Report of the Bombay Veterinary College
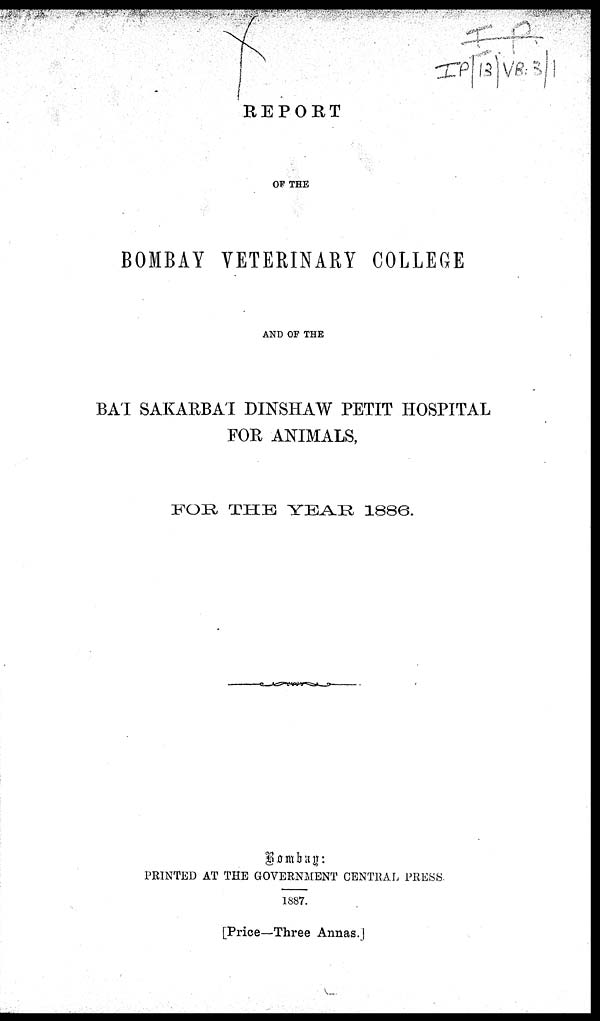
REPORT
OF THE
BOMBAY VETERINARY COLLEGE
AND OF THE
BA'I SAKARBA'I DINSHAW PETIT HOSPITAL
FOR ANIMALS,
FOR THE
YEAR
1886.
Bombay:
PRINTED AT THE GOVERNMENT CENTRAL PRESS.
1887.
[Price—Three Annas.]